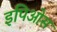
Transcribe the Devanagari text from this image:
इपिओस